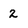
Character: 2